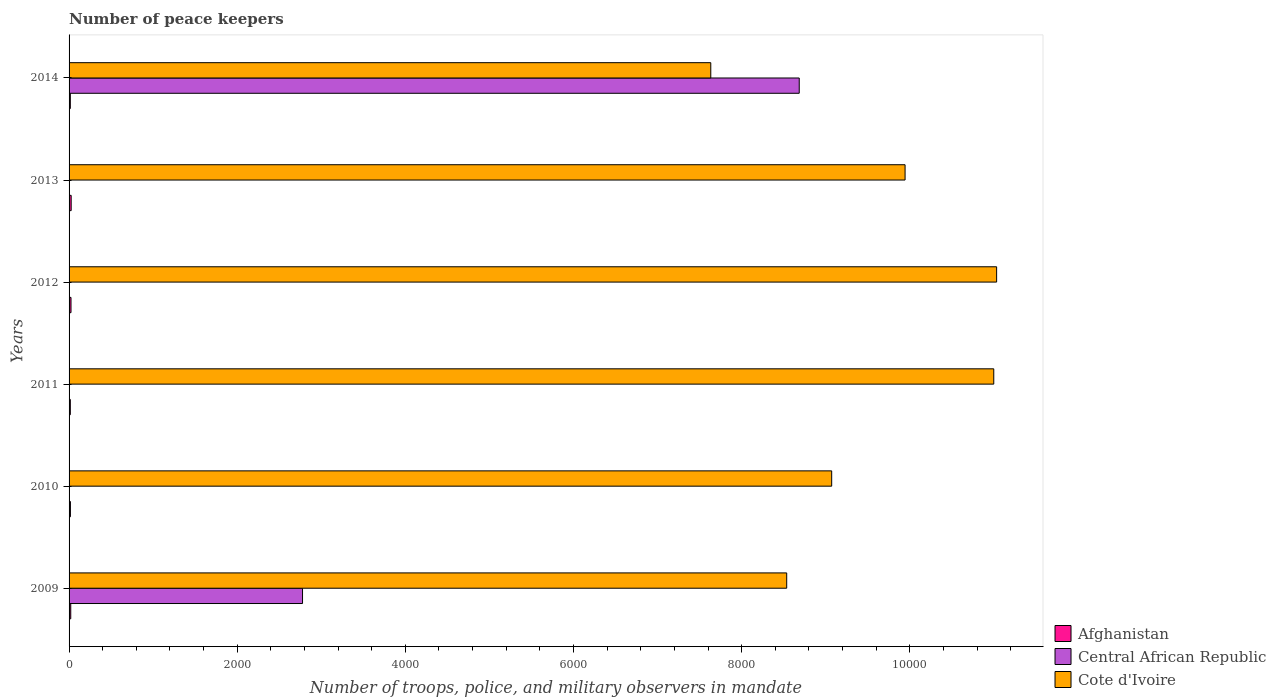
| Years | Afghanistan | Central African Republic | Cote d'Ivoire |
 | --- | --- | --- | --- |
 | 2009 | 20 | 2.78e+03 | 8.54e+03 |
 | 2010 | 16 | 3 | 9.07e+03 |
 | 2011 | 15 | 4 | 1.1e+04 |
 | 2012 | 23 | 4 | 1.1e+04 |
 | 2013 | 25 | 4 | 9.94e+03 |
 | 2014 | 15 | 8.68e+03 | 7.63e+03 |